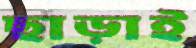
ছাড়াই